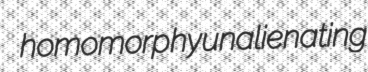
homomorphy unalienating